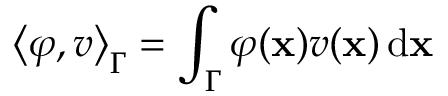
\left\langle \varphi , v \right\rangle _ { \Gamma } = \int _ { \Gamma } \varphi ( \mathbf { x } ) v ( \mathbf { x } ) \, \mathrm { d } \mathbf { x }